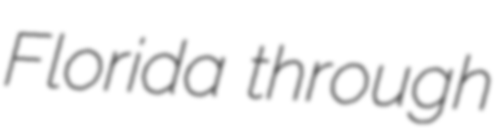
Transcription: Florida through